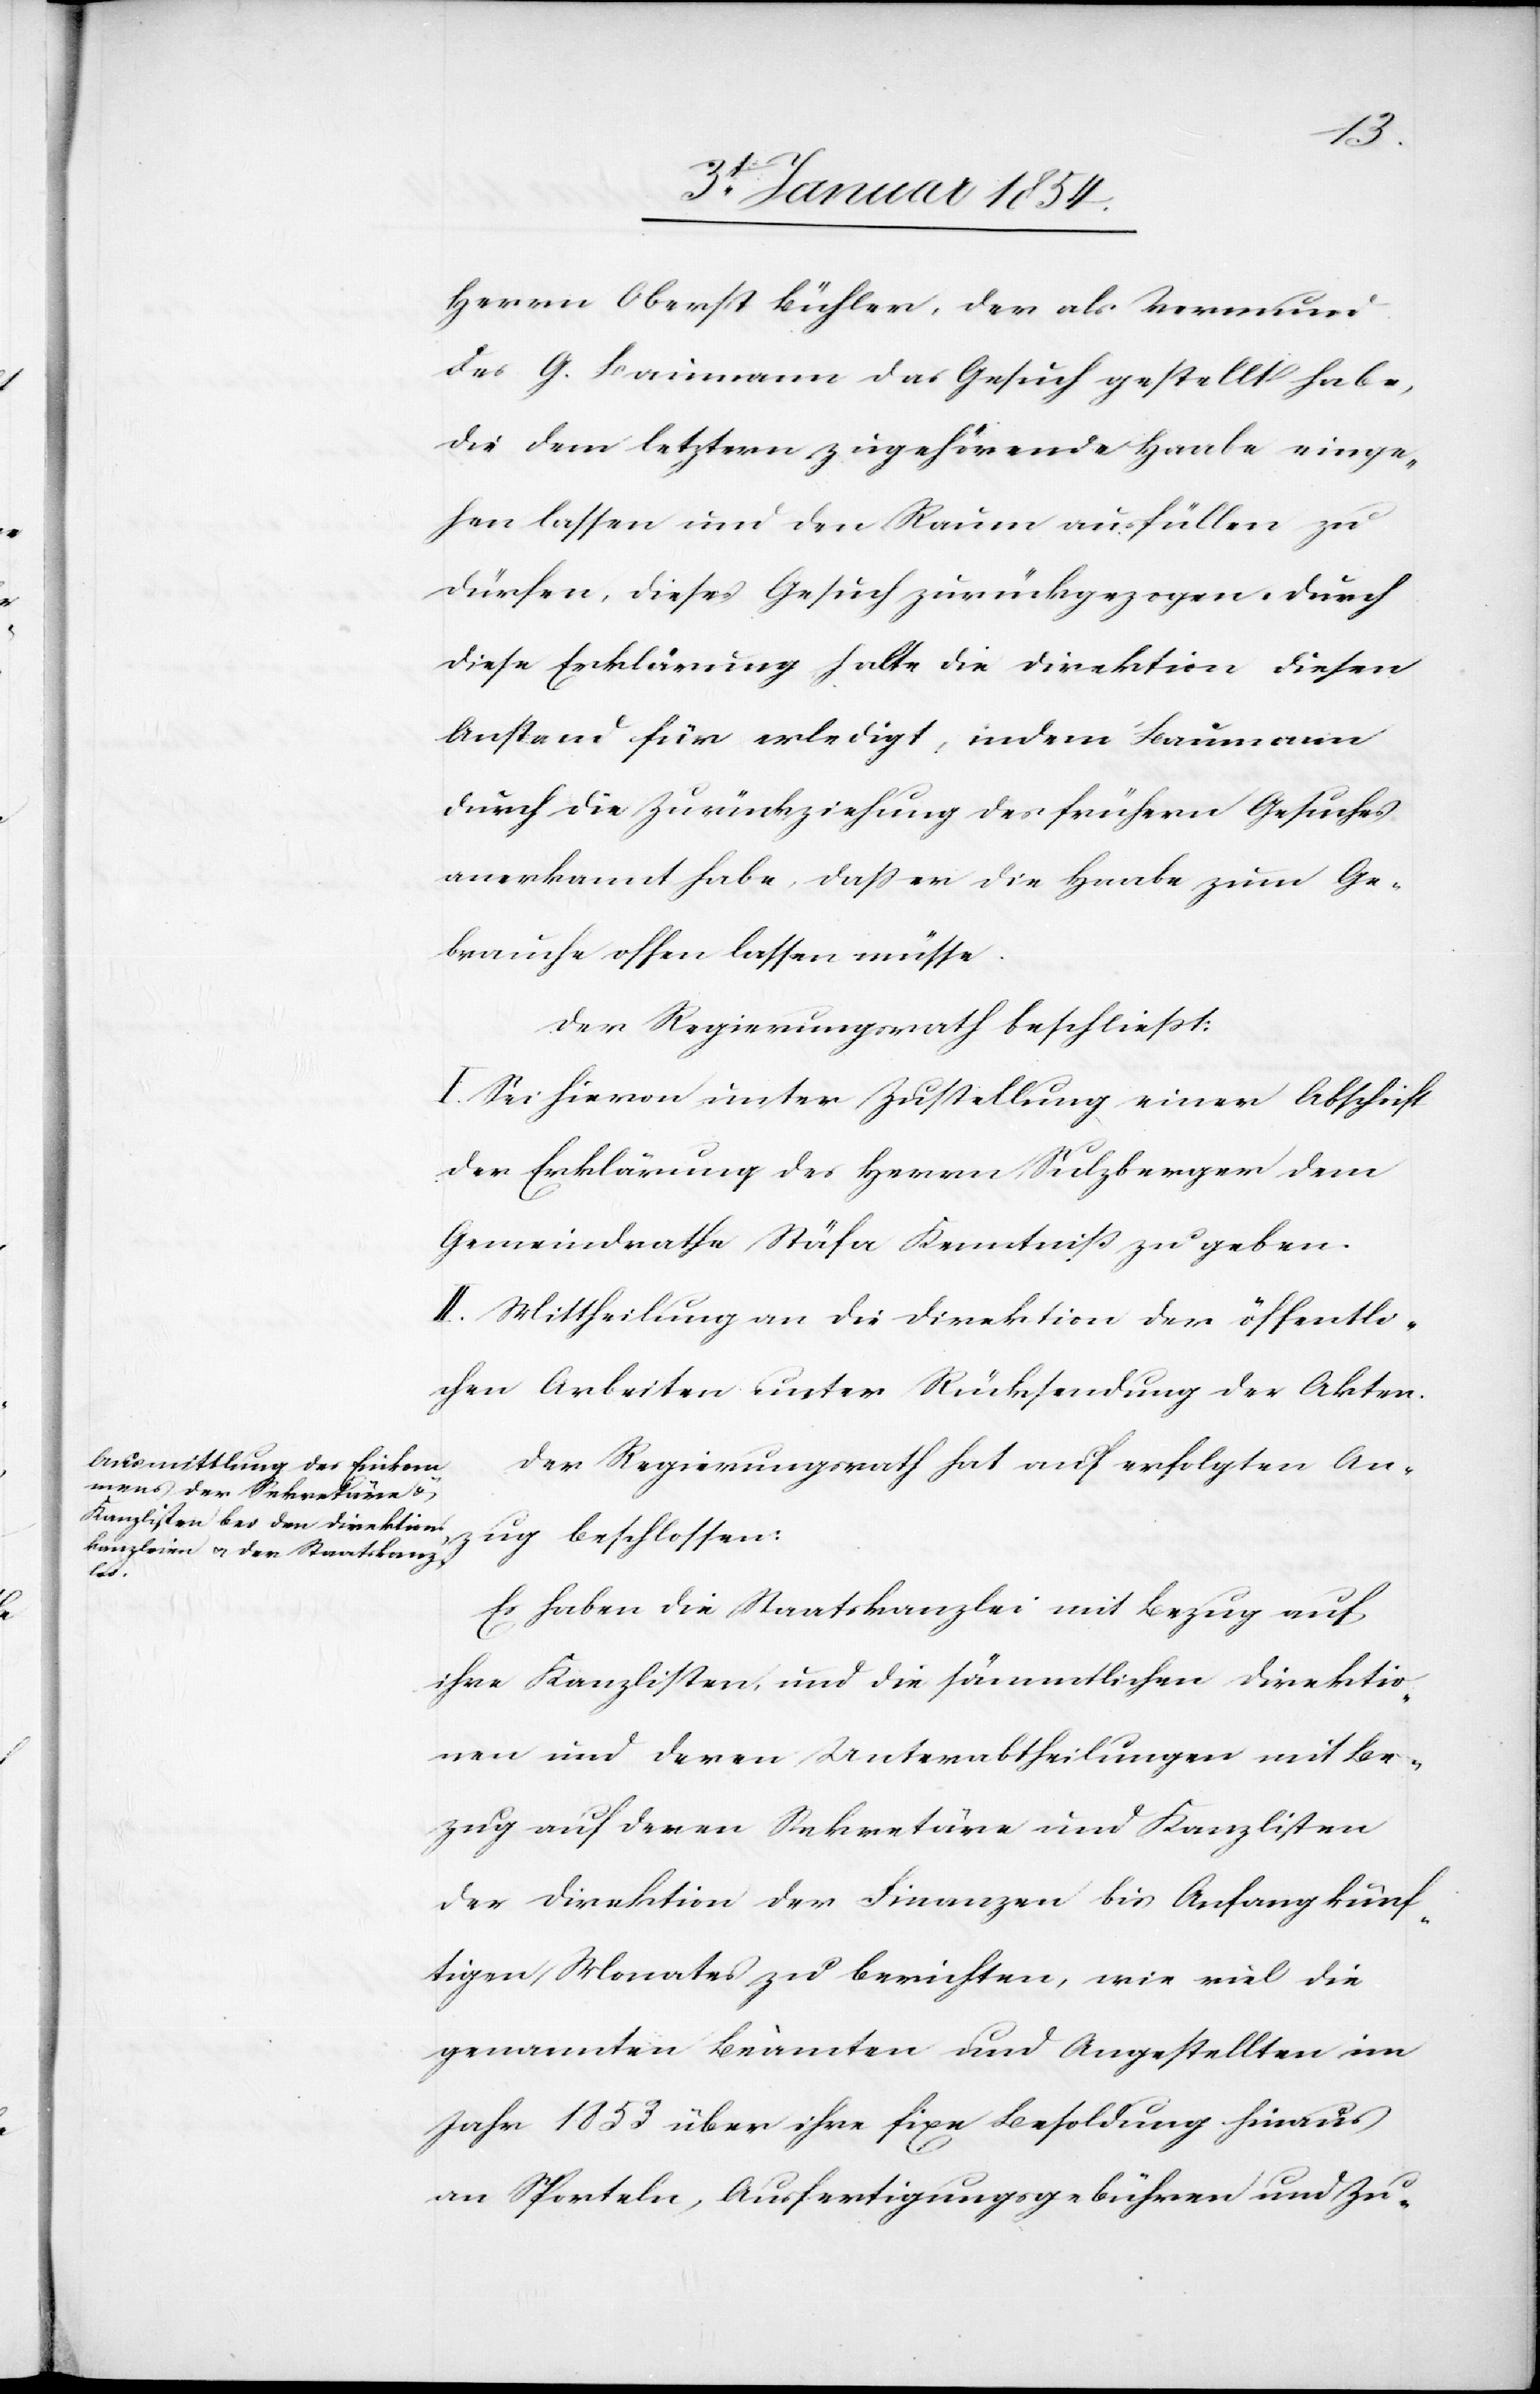
Herrn Oberst Bühler, der als Vormund
des G. Baumann das Gesuch gestellt habe,
die dem letztern zugehörende Haabe einge¬
hen lassen und den Raum ausfüllen zu
dürfen, dieses Gesuch zurückgezogen. Durch
diese Erklärung halte die Direktion diesen
Anstand für erledigt, indem Baumann
durch die Zurückziehung des frühern Gesuches
anerkannt habe, daß er die Haabe zum Ge¬
brauche offen lassen müsse.
Der Regierungsrath beschließt:
I. Sei hievon unter Zustellung einer Abschrift
der Erklärung des Herrn Sulzberger dem
Gemeindrathe Stäfa Kenntniß zu geben.
II. Mittheilung an die Direktion der öffentli¬
chen Arbeiten unter Rücksendung der Akten.
Der Regierungsrath hat auf erfolgten An¬
zug beschlossen:
Es haben die Staatskanzlei mit Bezug auf
ihre Kanzlisten, und die sämmtlichen Direktio¬
nen und deren Unterabtheilungen mit Be¬
zug auf deren Sekretäre und Kanzlisten
der Direktion der Finanzen bis Anfang künf¬
tigen Monates zu berichten, wie viel die
genannten Beamten und Angestellten im
Jahre 1853 über ihre fixe Besoldung hinaus
an Sporteln, Ausfertigungsgebühren und Zu-